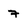
Character: 7